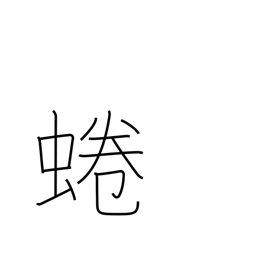
Meaning: an edible river snail